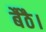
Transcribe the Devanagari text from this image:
बैठै।